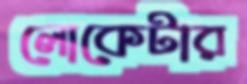
লোকেটার